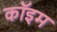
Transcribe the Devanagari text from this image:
कॉइम